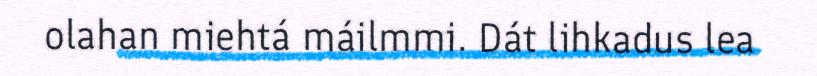
olahan miehtá máilmmi. Dát lihkadus lea